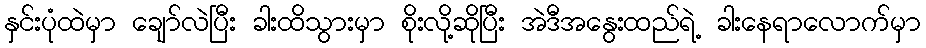
နှင်းပုံထဲမှာ ချော်လဲပြီး ခါးထိသွားမှာ စိုးလို့ဆိုပြီး အဲဒီအနွေးထည်ရဲ့ ခါးနေရာလောက်မှာ